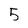
Character: 5